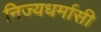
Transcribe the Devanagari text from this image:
निज्यधर्मासी